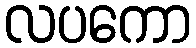
လပကော